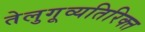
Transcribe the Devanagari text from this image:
तेलुगूव्यतिरिक्त